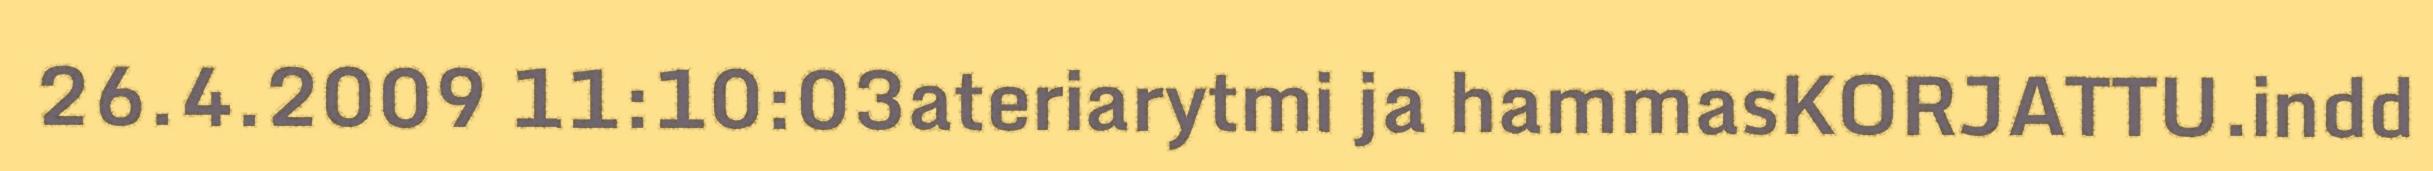
26.4.2009 11:10:03ateriarytmi ja hammasKORJATTU.indd